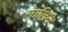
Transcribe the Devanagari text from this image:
मालिने